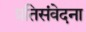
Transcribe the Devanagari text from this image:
प्रतिसंवेदना